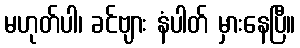
မဟုတ်ပါ၊ ခင်ဗျား နံပါတ် မှားနေပြီ။